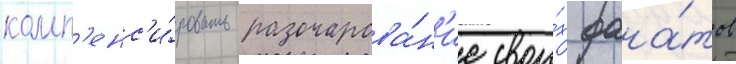
комп'енс'и́ровать разочарова́н'ие свои́х фана́тов